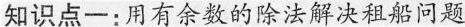
知识点一：用有余数的除法解决租船问题